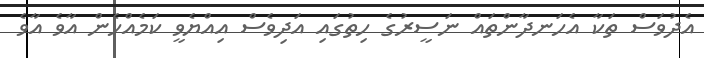
އެދުވަސް ތަކާ އެހަނދާންތައް ނަސީރުގެ ހިތުގައި އަދިވެސް އިއްޔެވީ ކަމެއްހެން އާވެ އާވެ